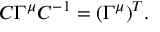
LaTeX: C \Gamma ^ { \mu } C ^ { - 1 } = ( \Gamma ^ { \mu } ) ^ { T } .